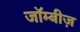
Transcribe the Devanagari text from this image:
जॉम्बीज़